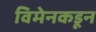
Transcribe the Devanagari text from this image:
विमेनकडून